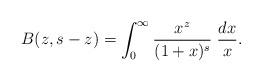
LaTeX: \begin{align*} B(z, s-z) = \int_0^\infty \frac{x^z}{(1+x)^{s}} \; \frac{dx}{x}.\end{align*}